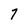
Character: 7